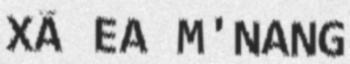
XÃ EA M'NANG